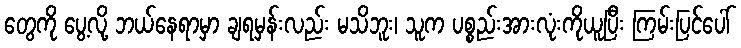
တွေကို ပွေ့လို့ ဘယ်နေရာမှာ ချရမှန်းလည်း မသိဘူး၊ သူက ပစ္စည်းအားလုံးကိုယူပြီး ကြမ်းပြင်ပေါ်